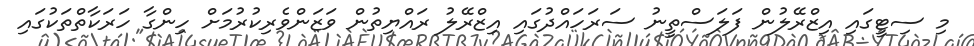
މި ސިޓީގައި އިޒްރޭލުން ފަލަސްތީނު ސަރަހައްދުގައި އިޒްރޭލު ރައްޔިތުން ވަޒަންވެރިކުރުމަށް ހިންގާ ހަރަކާތްތަކުގައި